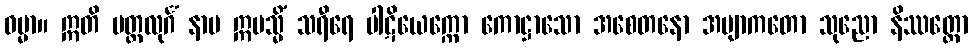
ဓမ္မာ။ ဣတိ မတ္ထလုင်္ဂံ နာမ ဣမသ္မိံ သရီရေ ပါဋိယေက္ကော ကောဋ္ဌာသော အစေတနော အဗျာကတော သုညော နိဿတ္တော